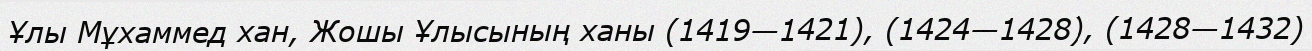
Ұлы Мұхаммед хан, Жошы Ұлысының ханы (1419—1421), (1424—1428), (1428—1432)